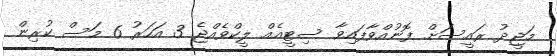
މަޖީދު ރައީސަށް ފޮނުއްވާފައިވާ ސިޓީއެއް ލީކްވެއްޖެ 3 އަހަރު 6 މަސް ކުރިން